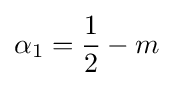
\alpha _{1}={\frac {1}{2}}-m